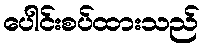
ပေါင်းစပ်ထားသည်